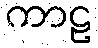
ကာဠ